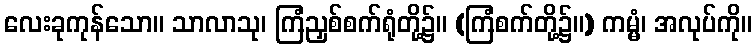
လေးခုကုန်သော။ သာလာသု၊ ကြံညှစ်စက်ရုံတို့၌။ (ကြံစက်တို့၌။) ကမ္မံ၊ အလုပ်ကို။